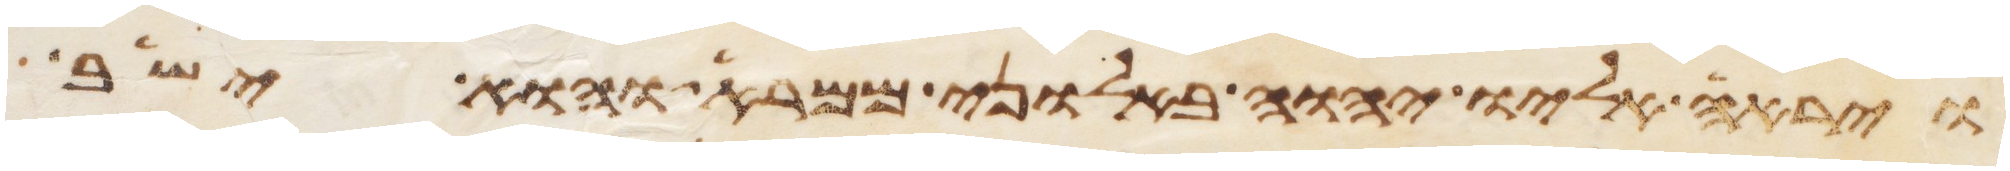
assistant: וירא אליו יהוה באלוני ממרא והוא ישב